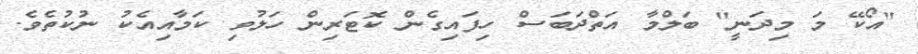
"އޯކޭ މަ މިދަނީ" ބަލްމާ އަތްދަބަސް ހިފައިގެން ކޮޓަރިން ހަލުވި ކަމާއިއެކު ނުކުތެވެ.